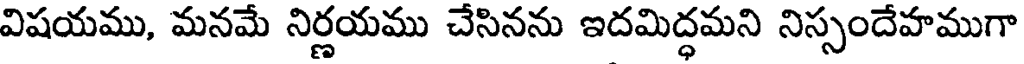
విషయము, మనమే నిర్ణయము చేసినను ఇదమిద్ధమని నిస్సందేహముగా